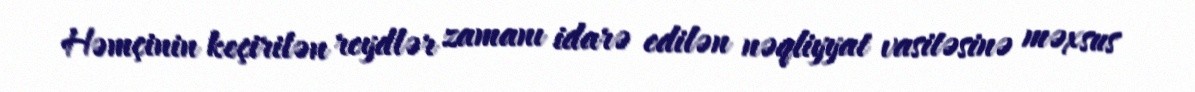
Həmçinin keçirilən reydlər zamanı idarə edilən nəqliyyat vasitəsinə məxsus